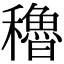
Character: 穭